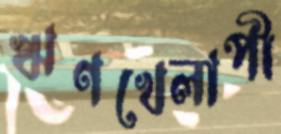
ঋণখেলাপী